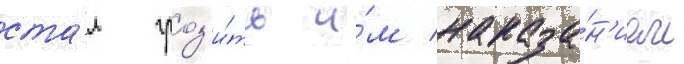
ста́л гроз'и́ть и́м наказа́н'ием